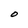
Character: O